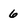
Character: 6